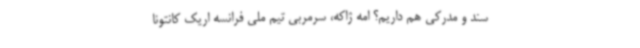
سند و مدرکی هم داریم؟ امه ژاکه، سرمربی تیم‌ ملی فرانسه اریک کانتونا